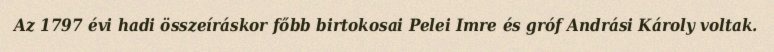
Az 1797 évi hadi összeíráskor főbb birtokosai Pelei Imre és gróf Andrási Károly voltak.